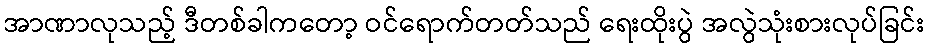
အာဏာလုသည့် ဒီတစ်ခါကတော့ ဝင်ရောက်တတ်သည် ရေးထိုးပွဲ အလွဲသုံးစားလုပ်ခြင်း